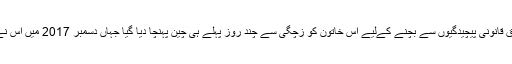
البتہ، چین میں بچوں کی پیدائش سے متعلق قانونی پیچیدگیوں سے بچنے کےلیے اس خاتون کو زچگی سے چند روز پہلے ہی چین پہنچا دیا گیا جہاں دسمبر 2017 میں اس نے ایک بچے کو جنم دیا جو ایک لڑکا ہے۔